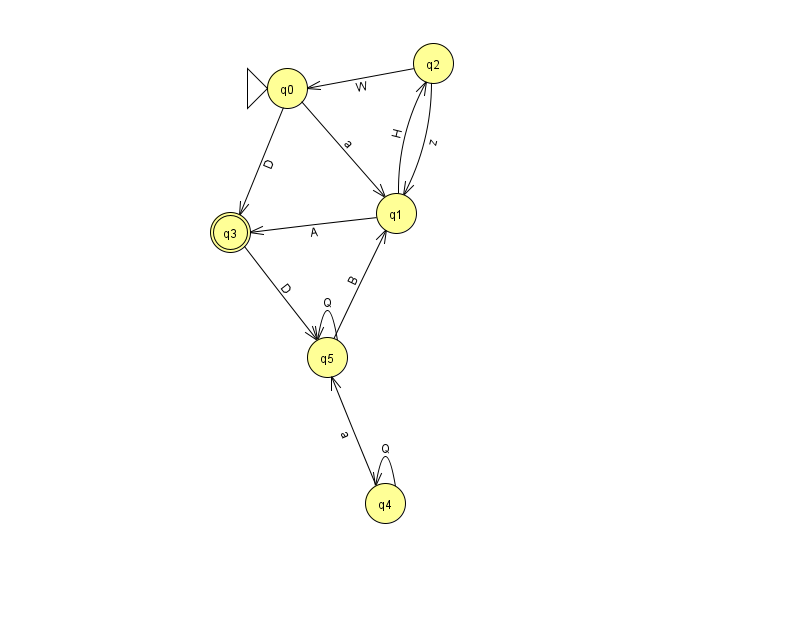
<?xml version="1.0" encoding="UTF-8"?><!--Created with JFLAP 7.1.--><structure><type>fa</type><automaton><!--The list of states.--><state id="0" name="q0"><x>287.0</x><y>75.0</y><initial/></state><state id="1" name="q1"><x>396.0</x><y>200.0</y></state><state id="2" name="q2"><x>433.0</x><y>50.0</y></state><state id="3" name="q3"><x>230.0</x><y>219.0</y><final/></state><state id="4" name="q4"><x>385.0</x><y>490.0</y></state><state id="5" name="q5"><x>327.0</x><y>344.0</y></state><!--The list of transitions.--><transition><from>4</from><to>4</to><read>Q</read></transition><transition><from>5</from><to>5</to><read>Q</read></transition><transition><from>5</from><to>1</to><read>B</read></transition><transition><from>0</from><to>3</to><read>D</read></transition><transition><from>2</from><to>0</to><read>W</read></transition><transition><from>2</from><to>1</to><read>z</read></transition><transition><from>1</from><to>2</to><read>H</read></transition><transition><from>3</from><to>5</to><read>D</read></transition><transition><from>4</from><to>5</to><read>a</read></transition><transition><from>0</from><to>1</to><read>a</read></transition><transition><from>1</from><to>3</to><read>A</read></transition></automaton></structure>